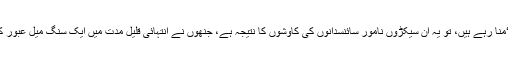
آج جو ہم ایک آزاد فضا میں بنا کسی خوف و خطر سانس لیتے ہوئے ’یوم دفاع پاکستان ‘منا رہے ہیں، تو یہ ان سیکڑوں نامور سائنسدانوں کی کاوشوں کا نتیجہ ہے، جنھوں نے انتہائی قلیل مدت میں ایک سنگ میل عبور کرتے ہوئے وطن عزیز کو ایٹمی طاقت رکھنے والے ممالک کی صف میں لاکھڑا کیا۔